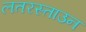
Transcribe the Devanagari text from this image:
लतरस्ताउन